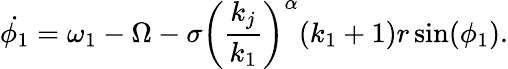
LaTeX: \dot{\phi_{1}}=\omega_{1}-\Omega-\sigma\left(\frac{k_{j}}{k_{1}}\right)^{\alpha}(k_{1}+1)r\sin(\phi_{1}).